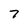
Character: 7